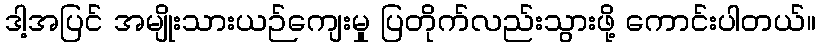
ဒါ့အပြင် အမျိုးသားယဉ်ကျေးမှု ပြတိုက်လည်းသွားဖို့ ကောင်းပါတယ်။